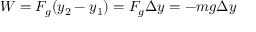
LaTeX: W = F _ { g } ( y _ { 2 } - y _ { 1 } ) = F _ { g } \Delta y = - m g \Delta y